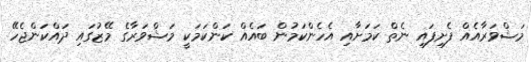
މަޝްވަރާއެއް ފެށިފައި ނެތް ކަމަށާއި އެހެންކަމުން ބައެއް ކަންކަމަކީ މަޝްވަރާގެ މޭޒުގައި ދައްކަންޖެހޭ